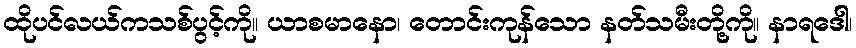
ထိုပင်လယ်ကသစ်ပွင့်ကို။ ယာစမာနော၊ တောင်းကုန်သော နတ်သမီးတို့ကို။ နာရဒေါ၊